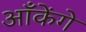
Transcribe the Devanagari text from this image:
आँकेंगे